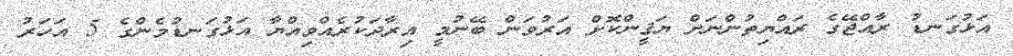
އަޅުގަނޑު ރާއްޖޭގެ ރައްޔިތުންނަށް ޔަޤީންކޮށް އަރުވަން ބޭނުމީ އިރާދަކުރެއްވިއްޔާ އަޅުގަނޑުމެންގެ 5 އަހަރު